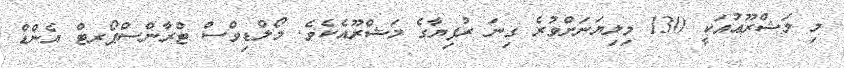
މި މަޝްރޫޢުއަކީ 130 މިލިޔަނަށްވުރެ ގިނަ ރުފިޔާގެ މަޝްރޫއެކެވެ. މޯލްޑިވްސް ޓްރާންސްޕޯރޓް އެންޑް